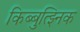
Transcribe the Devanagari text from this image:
किब्बुत्झ्निक